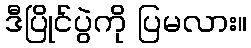
ဒီပြိုင်ပွဲကို ပြမလား။